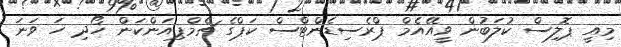
މިއީ ޕޮލިސް ކުލަބުން ވީއޭއެމް ޕްރެސިޑެންޓްސް ކަޕްގެ ޗެމްޕިއަންކަން ހޯދި ހަ ވަނަ